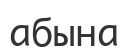
абына